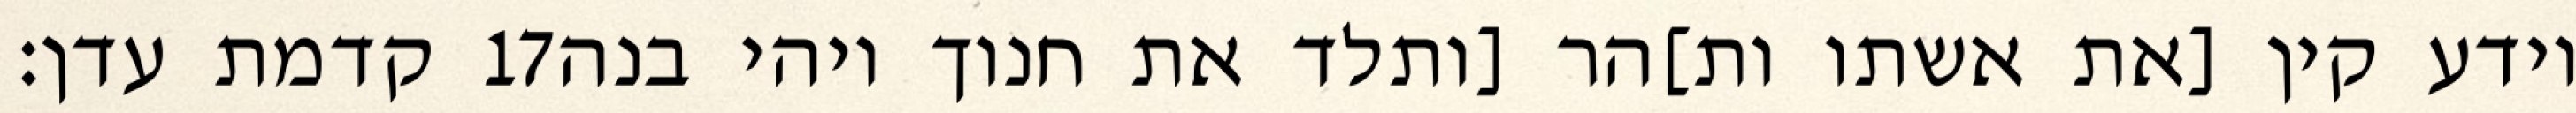
קדמת עדן׃ ‎17‏ וידע קין [את אשתו ות]הר [ותלד את חנוך ויהי בנה